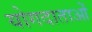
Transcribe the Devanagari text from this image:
योगदाताओं